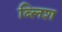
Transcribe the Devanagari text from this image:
ब्लिश